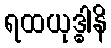
ရထယုဒ္ဓါနိ